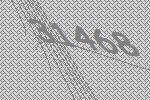
31468